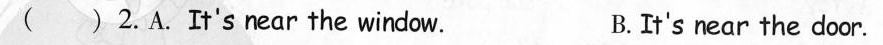
( ) 2.A.It's near the window. B.It's near the door.